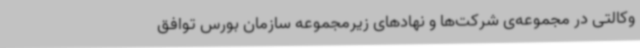
وکالتی در مجموعه‌ی شرکت‌ها و نهادهای زیرمجموعه سازمان بورس توافق